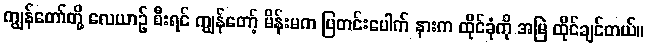
ကျွန်တော်တို့ လေယာဉ် စီးရင် ကျွန်တော့် မိန်းမက ပြတင်းပေါက် နားက ထိုင်ခုံကို အမြဲ ထိုင်ချင်တယ်။